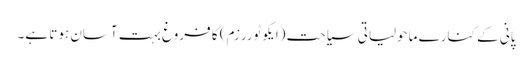
پانی کے کنارے ماحولیاتی سیاحت (ایکو ٹوررزم) کا فروغ بہت آسان ہوتا ہے۔